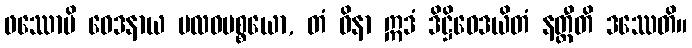
ဖဿောပိ ဝေဒနာယ ဗလဝပစ္စယော, တံ ဝိနာ ဣဒံ ဒိဋ္ဌိဝေဒယိတံ နတ္ထီတိ ဒဿေတိ။